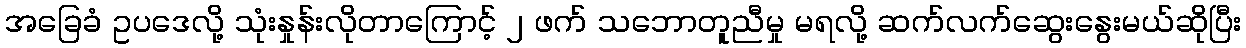
အခြေခံ ဥပဒေလို့ သုံးနှုန်းလိုတာကြောင့် ၂ ဖက် သဘောတူညီမှု မရလို့ ဆက်လက်ဆွေးနွေးမယ်ဆိုပြီး